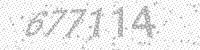
Solution: 677114